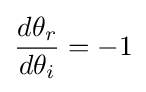
{\frac {d\theta _{r}}{d\theta _{i}}}=-1